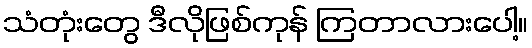
သံတုံးတွေ ဒီလိုဖြစ်ကုန် ကြတာလားပေါ့။